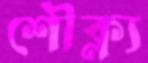
শৌক্ল্য